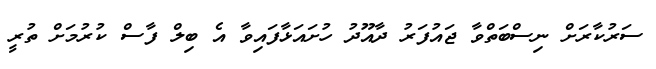
ސަރުކާރަށް ނިސްބަތްވާ ޖައުފަރު ދާއޫދު ހުށައަޅާފައިވާ އެ ބިލް ފާސް ކުރުމަށް ތުރީ